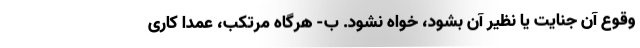
وقوع آن جنایت یا نظیر آن بشود، خواه نشود. ب- هرگاه مرتکب، عمداً کاری